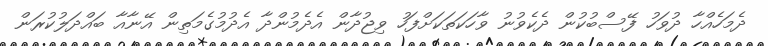
ދެމަހެއްހާ ދުވަހު ފޭސްބުކުން ދެކެވުނު ވާހަކަތަކަށްފަހު ވިޖުދާން އެދެމުންދާ އެދުމުގެމަތިން އޭނާއާ ބައްދަލުކުރަން